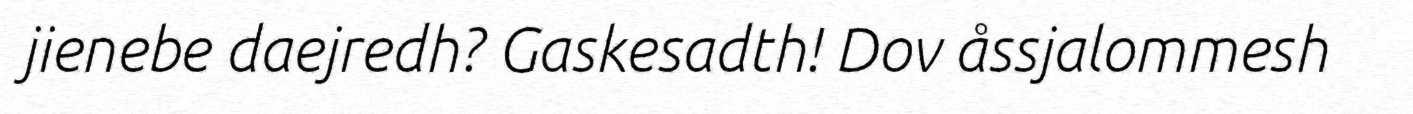
jienebe daejredh? Gaskesadth! Dov åssjalommesh